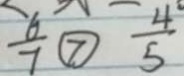
\frac { 6 } { 7 } \textcircled { > } \frac { 4 } { 5 }